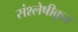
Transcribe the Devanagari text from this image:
संश्लेषीकृत